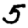
Digit: 5